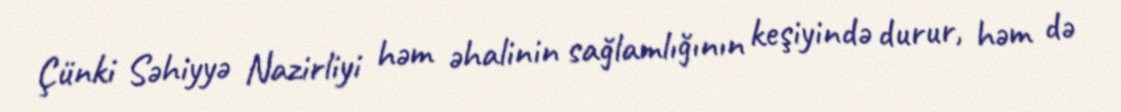
Çünki Səhiyyə Nazirliyi həm əhalinin sağlamlığının keşiyində durur, həm də